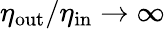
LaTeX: \eta_{\mathrm{out}}/\eta_{\mathrm{in}}\to\infty